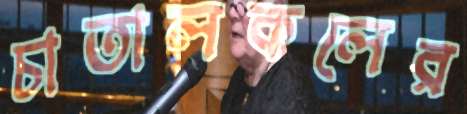
চাতালকলের